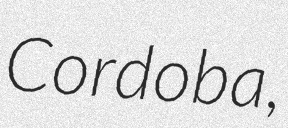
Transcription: Cordoba,